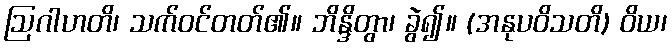
ဩဂါဟတိ၊ သက်ဝင်တတ်၏။ ဘိန္ဒိတွာ၊ ခွဲ၍။ (အနုပဝိသတိ) ဝိယ၊